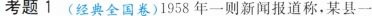
考题1(经典全国卷)1958年一则新闻报道称，某县一